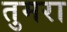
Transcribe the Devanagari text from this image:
तुमरा